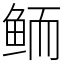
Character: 鲕